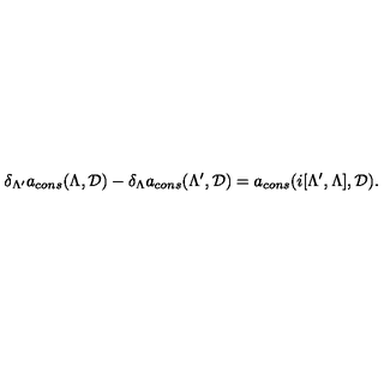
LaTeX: \delta _ { \Lambda ^ { \prime } } a _ { c o n s } ( \Lambda , { \cal D } ) - \delta _ { \Lambda } a _ { c o n s } ( \Lambda ^ { \prime } , { \cal D } ) = a _ { c o n s } ( i [ \Lambda ^ { \prime } , \Lambda ] , { \cal D } ) .